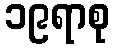
၁၉ရာစု